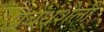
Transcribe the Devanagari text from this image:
प्रबंधशैली